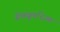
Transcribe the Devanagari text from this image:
सेक्यूलरिज़्म